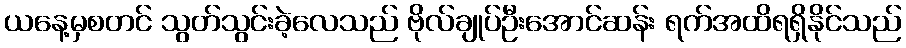
ယနေ့မှစတင် သွတ်သွင်းခဲ့လေသည် ဗိုလ်ချုပ်ဦးအောင်ဆန်း ရက်အထိရရှိနိုင်သည်